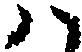
八